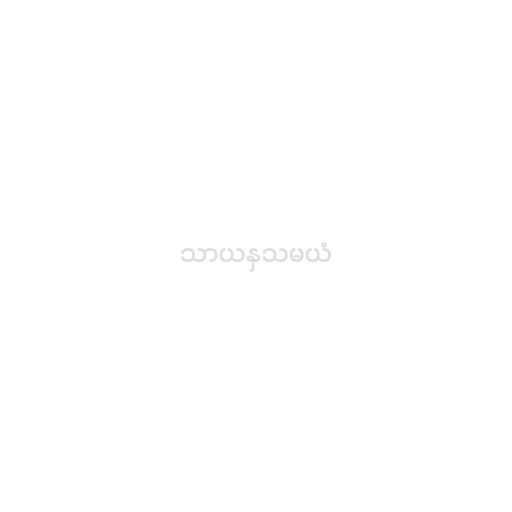
သာယနှသမယံ